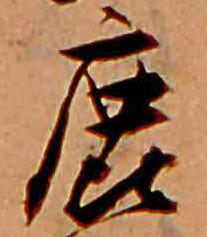
鹿